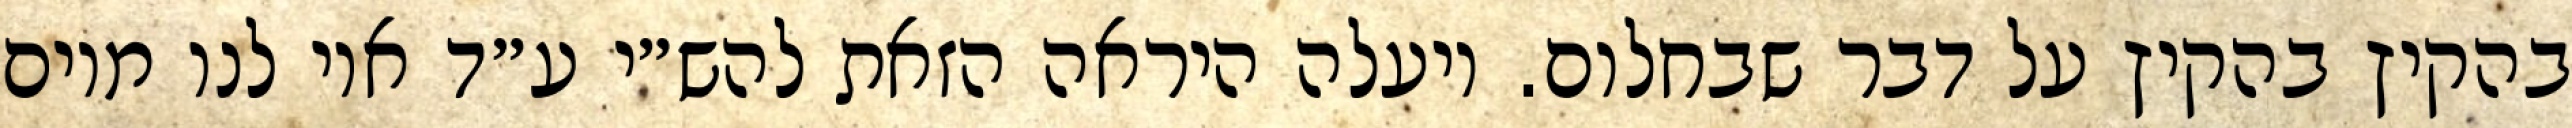
בהקיץ בהקיץ על דבר שבחלום. ויעלה היראה הזאת להש״י ע״ד אוי לנו מיום